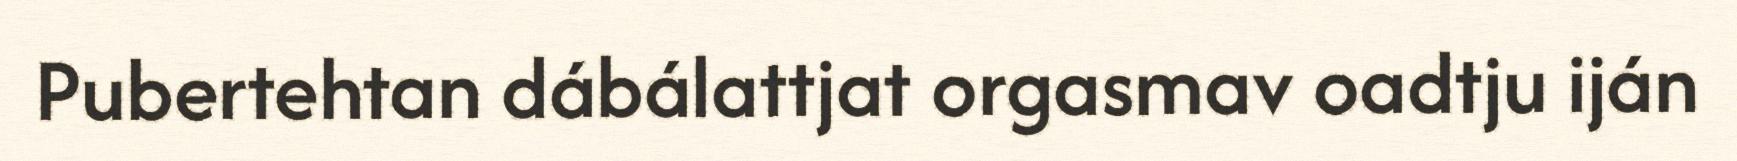
Pubertehtan dábálattjat orgasmav oadtju iján